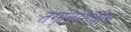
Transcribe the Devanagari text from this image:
तगालोगचीच